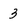
Character: 3